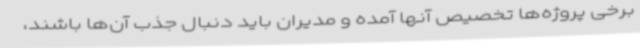
برخی پروژه‌ها تخصیص آنها آمده و مدیران باید دنبال جذب آن‌ها باشند،